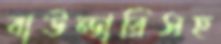
বাউন্ডারিসহ